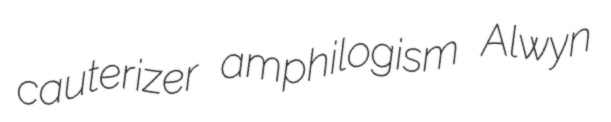
cauterizer amphilogism Alwyn